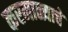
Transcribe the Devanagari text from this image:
करमाळ्याचे